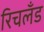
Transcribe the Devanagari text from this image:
रिचलँड